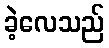
ခဲ့လေသည်